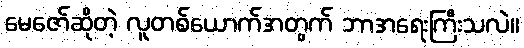
မေဇော်ဆိုတဲ့ လူတစ်ယောက်အတွက် ဘာအရေးကြီးသလဲ။